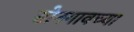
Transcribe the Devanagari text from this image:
सोनगावच्या